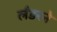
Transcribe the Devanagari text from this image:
लँडरने